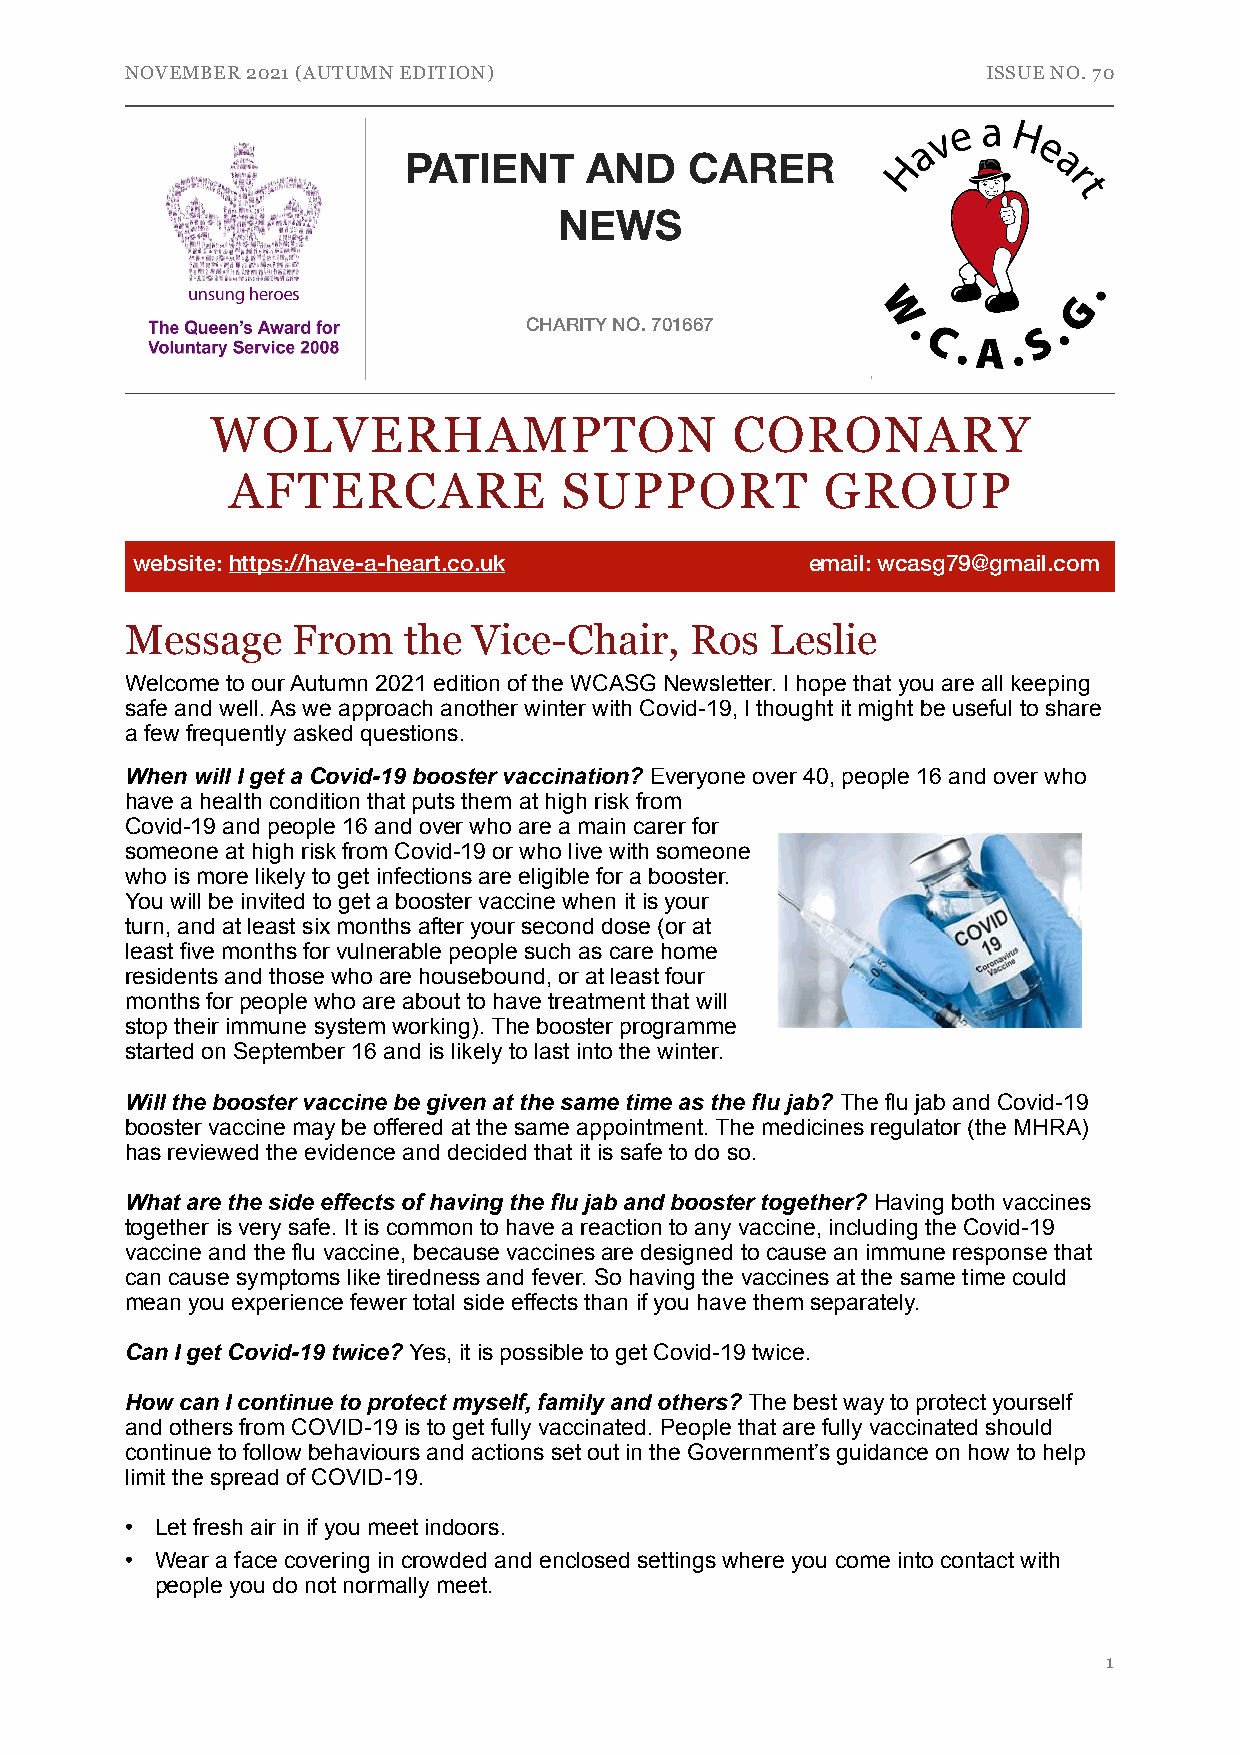
NOVEMBER 2021 (AUTUMN EDITION)                           ISSUE NO. 70
 PATIENT     AND    CARER
 NEWS
 CHARITY NO. 701667
 WOLVERHAMPTON                     CORONARY
 AFTERCARE             SUPPORT           GROUP
 website: https://have-a-heart.co.uk          email: wcasg79@gmail.com
 Message    From    the Vice-Chair,    Ros  Leslie
 Welcome to our Autumn 2021 edition of the WCASG Newsletter. I hope that you are all keeping
 safe and well. As we approach another winter with Covid-19, I thought it might be useful to share
 a few frequently asked questions.
 When will I get a Covid-19 booster vaccination? Everyone over 40, people 16 and over who
 have a health condition that puts them at high risk from
 Covid-19 and people 16 and over who are a main carer for
 someone at high risk from Covid-19 or who live with someone
 who is more likely to get infections are eligible for a booster.
 You will be invited to get a booster vaccine when it is your
 turn, and at least six months after your second dose (or at
 least five months for vulnerable people such as care home
 residents and those who are housebound, or at least four
 months for people who are about to have treatment that will
 stop their immune system working). The booster programme
 started on September 16 and is likely to last into the winter.
 Will the booster vaccine be given at the same time as the flu jab? The flu jab and Covid-19
 booster vaccine may be offered at the same appointment. The medicines regulator (the MHRA)
 has reviewed the evidence and decided that it is safe to do so.
 What are the side effects of having the flu jab and booster together? Having both vaccines
 together is very safe. It is common to have a reaction to any vaccine, including the Covid-19
 vaccine and the flu vaccine, because vaccines are designed to cause an immune response that
 can cause symptoms like tiredness and fever. So having the vaccines at the same time could
 mean you experience fewer total side effects than if you have them separately.
 Can I get Covid-19 twice? Yes, it is possible to get Covid-19 twice.
 How can I continue to protect myself, family and others? The best way to protect yourself
 and others from COVID-19 is to get fully vaccinated. People that are fully vaccinated should
 continue to follow behaviours and actions set out in the Government’s guidance on how to help
 limit the spread of COVID-19.
 • Let fresh air in if you meet indoors.
 • Wear a face covering in crowded and enclosed settings where you come into contact with
 people you do not normally meet.
 1